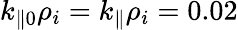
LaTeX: k_{\parallel 0}\rho_{i}=k_{\parallel}\rho_{i}=0.02